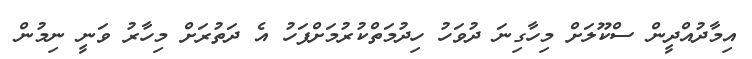
އިމާދުއްދީން ސްކޫލަށް މިހާގިނަ ދުވަހު ހިދުމަތްކުރުމަށްފަހު އެ ދަތުރަށް މިހާރު ވަނީ ނިމުން